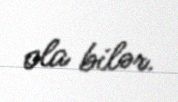
ola bilər.